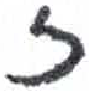
אות: ז